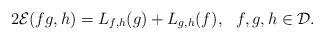
LaTeX: \begin{align*}2\mathcal{E}(fg,h)=L_{f,h}(g)+L_{g,h}(f), \ \ f,g,h\in\mathcal{D}.\end{align*}